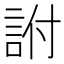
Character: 詂